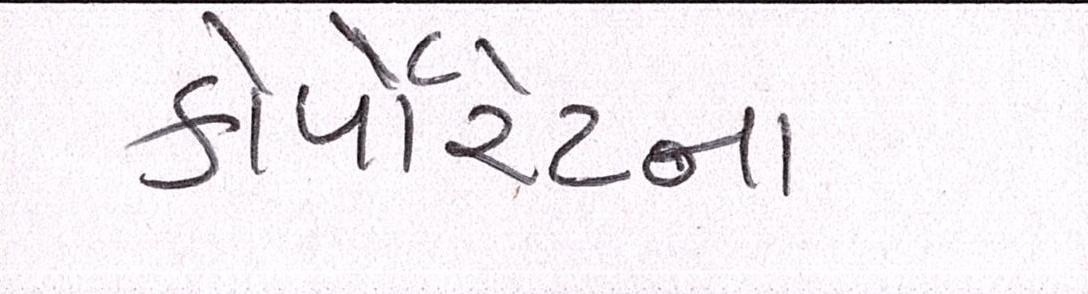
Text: કોર્પેારેટરના